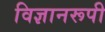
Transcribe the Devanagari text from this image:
विज्ञानरूपी